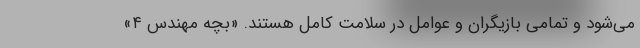
می‌شود و تمامی بازیگران و عوامل در سلامت کامل هستند. «بچه مهندس ۴»